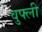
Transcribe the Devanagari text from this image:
वुफ्ली